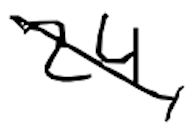
Text: 24,
Cross-out: mix
Writing tool: digital_black